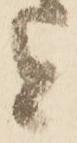
者